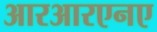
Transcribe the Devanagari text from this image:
आरआरएनए